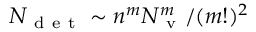
N _ { \mathrm { ~ d ~ e ~ t ~ } } \sim n ^ { m } N _ { \mathrm { ~ v ~ } } ^ { m } / ( m ! ) ^ { 2 }